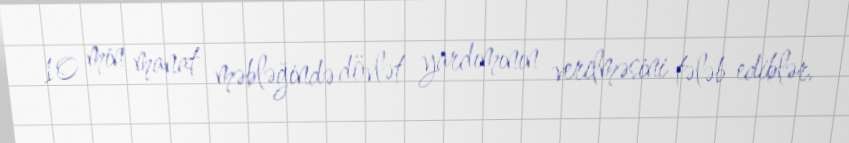
10 min manat məbləğində dövlət yardımının verilməsini tələb ediblər.